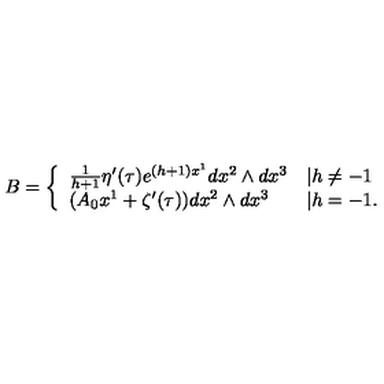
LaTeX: B = \left\{ \begin{array} { l l } { \frac { 1 } { h + 1 } \eta ^ { \prime } ( \tau ) e ^ { ( h + 1 ) x ^ { 1 } } d x ^ { 2 } \wedge d x ^ { 3 } } & { | h \neq - 1 } \\ { ( A _ { 0 } x ^ { 1 } + \zeta ^ { \prime } ( \tau ) ) d x ^ { 2 } \wedge d x ^ { 3 } } & { | h = - 1 . } \\ \end{array} \right.